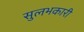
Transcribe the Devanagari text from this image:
सुलभकारी